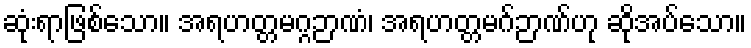
ဆုံးရာဖြစ်သော။ အရဟတ္တမဂ္ဂဉာဏံ၊ အရဟတ္တမဂ်ဉာဏ်ဟု ဆိုအပ်သော။